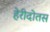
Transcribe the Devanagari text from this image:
हेरीदोतस